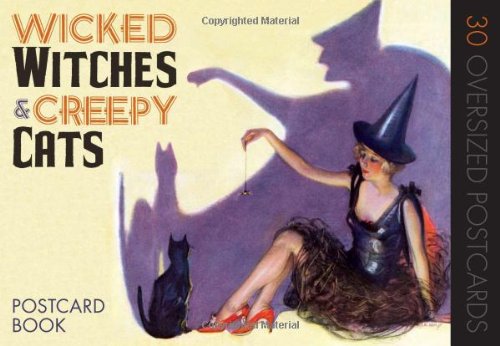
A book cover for Wicked Witches and Creepy Cats: A Halloween Postcard Book; Crafts, Hobbies & Home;